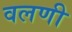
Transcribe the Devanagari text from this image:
वलणी